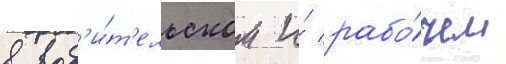
в вод'и́т'ельском и́ рабо́чем